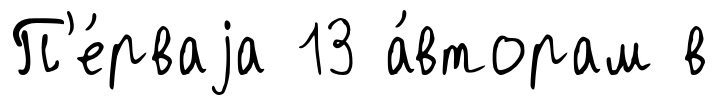
П'е́рваjа 13 а́вторам в